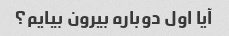
آیا اول دوباره بیرون بیایم؟